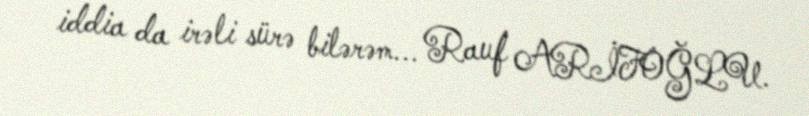
iddia da irəli sürə bilərəm... Rauf ARİFOĞLU.